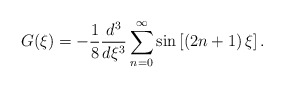
\begin{align*}G(\xi )=-\frac{1}{8}\frac{d^{3}}{d\xi ^{3}}\sum_{n=0}^{\infty }\sin \left[\left( 2n+1\right) \xi \right] .\end{align*}